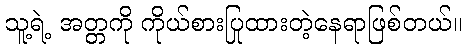
သူ့ရဲ့ အတ္တကို ကိုယ်စားပြုထားတဲ့နေရာဖြစ်တယ်။